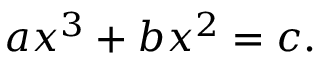
\ a x ^ { 3 } + b x ^ { 2 } = c .